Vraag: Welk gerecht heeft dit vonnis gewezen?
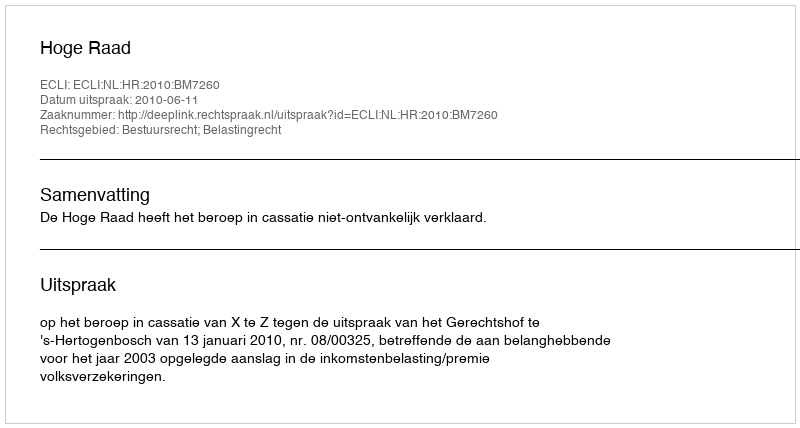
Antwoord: Hoge Raad